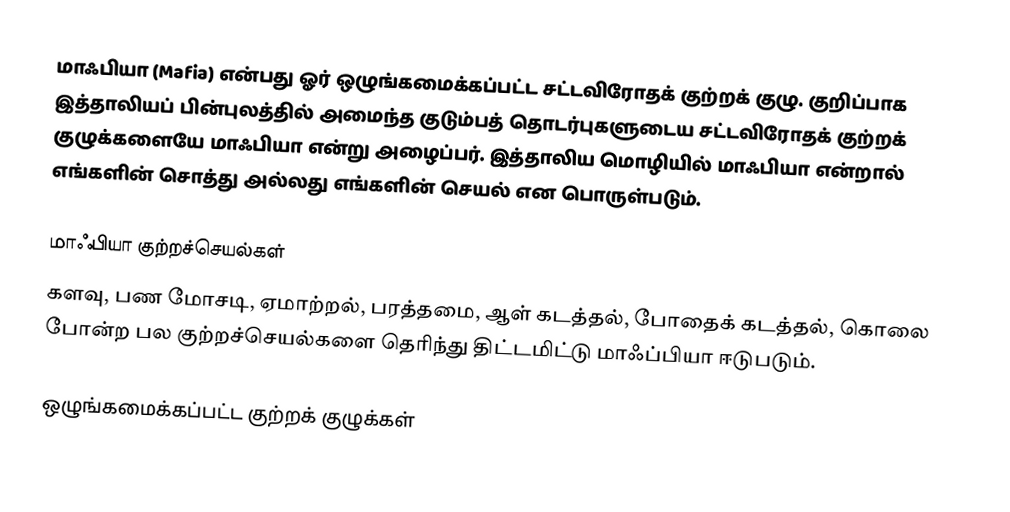
மாஃபியா (Mafia) என்பது ஓர் ஒழுங்கமைக்கப்பட்ட சட்டவிரோதக் குற்றக் குழு. குறிப்பாக இத்தாலியப் பின்புலத்தில் அமைந்த குடும்பத் தொடர்புகளுடைய சட்டவிரோதக் குற்றக் குழுக்களையே மாஃபியா என்று அழைப்பர். இத்தாலிய மொழியில் மாஃபியா என்றால் எங்களின் சொத்து அல்லது எங்களின் செயல் என பொருள்படும்.

மாஃபியா குற்றச்செயல்கள்
களவு, பண மோசடி, ஏமாற்றல், பரத்தமை, ஆள் கடத்தல், போதைக் கடத்தல், கொலை போன்ற பல குற்றச்செயல்களை தெரிந்து திட்டமிட்டு மாஃப்பியா ஈடுபடும்.

ஒழுங்கமைக்கப்பட்ட குற்றக் குழுக்கள்